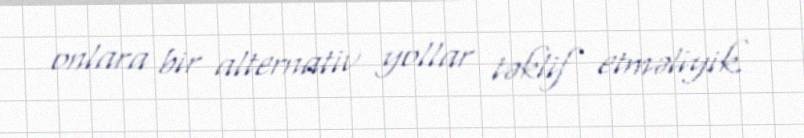
onlara bir alternativ yollar təklif etməliyik.